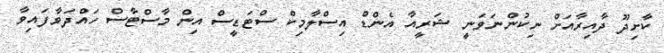
ކާށިދޫ ދާއިރާއަށް ނިކުންނަވަނީ ޝަރީއާ އެންޑް އިސްލާމިކް ސްޓަޑީސް އިން މާސްޓާސް ހައްދަވާފައިވާ